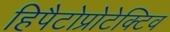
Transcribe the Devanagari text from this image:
हिपैटोप्रोटेक्टिव